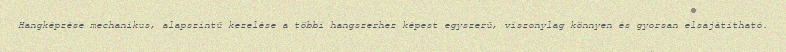
Hangképzése mechanikus, alapszintű kezelése a többi hangszerhez képest egyszerű, viszonylag könnyen és gyorsan elsajátítható.